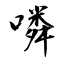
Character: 噒